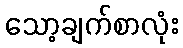
သော့ချက်စာလုံး